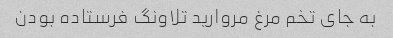
به جای تخم مرغ مروارید تلاونگ فرستاده بودن